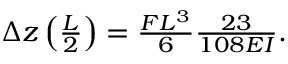
\begin{array} { r } { \Delta z \left( \frac { L } { 2 } \right) = \frac { F L ^ { 3 } } { 6 } \frac { 2 3 } { 1 0 8 E I } . } \end{array}